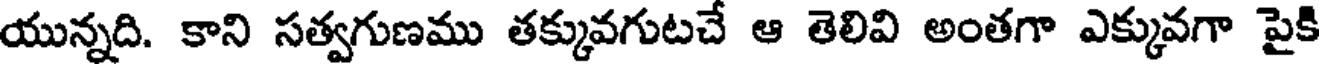
యున్నది. కాని సత్వగుణము తక్కువగుటచే ఆ తెలివి అంతగా ఎక్కువగా పైకి